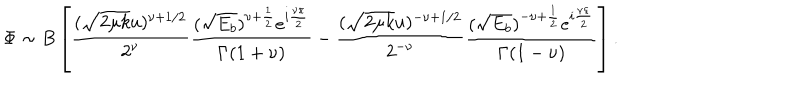
\Phi \sim B \left[ \frac { ( \sqrt { 2 \mu k } u ) ^ { \nu + 1 / 2 } } { 2 ^ { \nu } } \frac { ( \sqrt { E _ { b } } ) ^ { \nu + \frac { 1 } { 2 } } e ^ { i \frac { \nu \pi } { 2 } } } { \Gamma ( 1 + \nu ) } - \frac { ( \sqrt { 2 \mu k } u ) ^ { - \nu + 1 / 2 } } { 2 ^ { - \nu } } \frac { ( \sqrt { E _ { b } } ) ^ { - \nu + \frac { 1 } { 2 } } e ^ { i \frac { \nu \pi } { 2 } } } { \Gamma ( 1 - \nu ) } \right] .